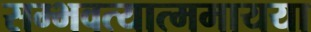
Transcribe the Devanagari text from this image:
सम्भवत्यात्ममायया